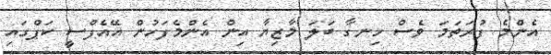
އެންމެ ފުރަތަމަ ވެސް ހިނގާ ބަލަ މާޒިޔާ އިން އެންމެފަހުން އޭއެފްސީ ކަޕްގައި